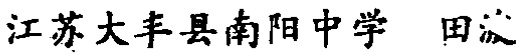
江苏大丰县南阳中学 田